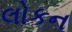
લોકન